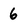
Character: 6